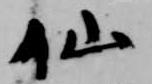
仙